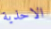
الاحذية